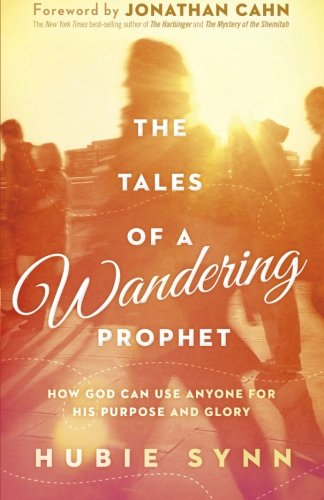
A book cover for The Tales of A Wandering Prophet: How God Can Use Anyone for His Purpose and Glory; Hubie Synn; Christian Books & Bibles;